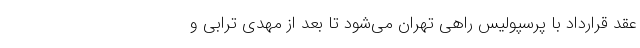
عقد قرارداد با پرسپولیس راهی تهران می‌شود تا بعد از مهدی ترابی و